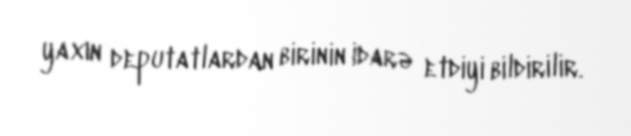
yaxın deputatlardan birinin idarə etdiyi bildirilir.